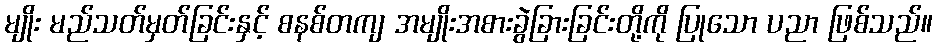
မျိုး မည်သတ်မှတ်ခြင်းနှင့် စနစ်တကျ အမျိုးအစားခွဲခြားခြင်းတို့ကို ပြုသော ပညာ ဖြစ်သည်။